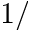
1 /